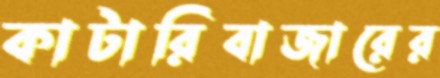
কাটারিবাজারের